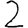
Digit: 2